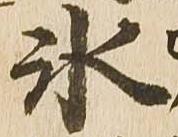
氷